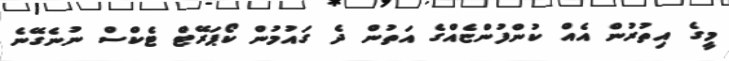
މީގެ އިތުރުން އެއް ކުންފުންޏެއްގެ އަތުން ދެ ގައުމުން ކޯޕަރޭޓް ޓެކްސް ނުނެގޭނެ